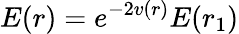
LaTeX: E(r)=e^{-2v(r)}E(r_{1})